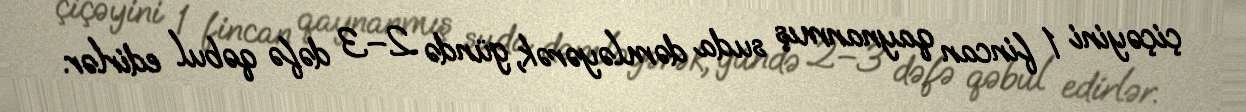
çiçəyini 1 fincan qaynanmış suda dəmləyərək, gündə 2–3 dəfə qəbul edirlər.